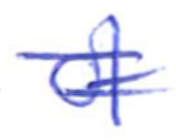
Text: of
Cross-out: double-line
Writing tool: ballpoint